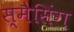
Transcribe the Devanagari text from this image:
स्मैसिंग